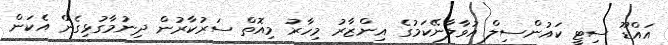
އައްޑޫ ސިޓީ ކައުންސިލް އުވާލާނޭކަމުގެ އިންޒާރު މިހާރު މިއޮތް ސަރުކާރުން ދިނުމާގުޅިގެން އެކަން